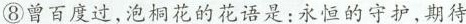
⑧曾百度过,泡桐花的花语是:永恒的守护,期待